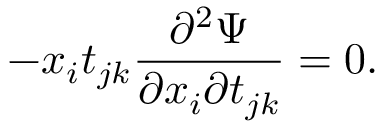
- x _ { i } t _ { j k } \frac { \partial ^ { 2 } \Psi } { \partial x _ { i } \partial t _ { j k } } = 0 .